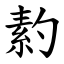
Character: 䋤